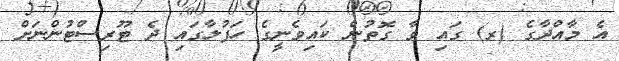
އެ މާއްދާގެ (ރ) ގައި ވާ ގޮތުން ކައިވެނީގެ ހަފުލާގައި ދެ ޓޫރިސްޓުންނަށް